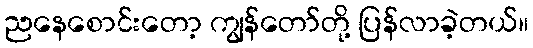
ညနေစောင်းတော့ ကျွန်တော်တို့ ပြန်လာခဲ့တယ်။